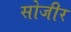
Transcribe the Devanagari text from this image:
सोजीर